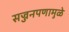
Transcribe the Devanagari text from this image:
सज्जनपणामुळे